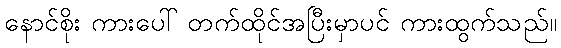
နောင်စိုး ကားပေါ် တက်ထိုင်အပြီးမှာပင် ကားထွက်သည်။